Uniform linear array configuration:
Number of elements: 16
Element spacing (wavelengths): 0.75
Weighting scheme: exponential
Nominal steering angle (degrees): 45
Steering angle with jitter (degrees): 45.092
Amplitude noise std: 0.05
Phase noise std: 0.05

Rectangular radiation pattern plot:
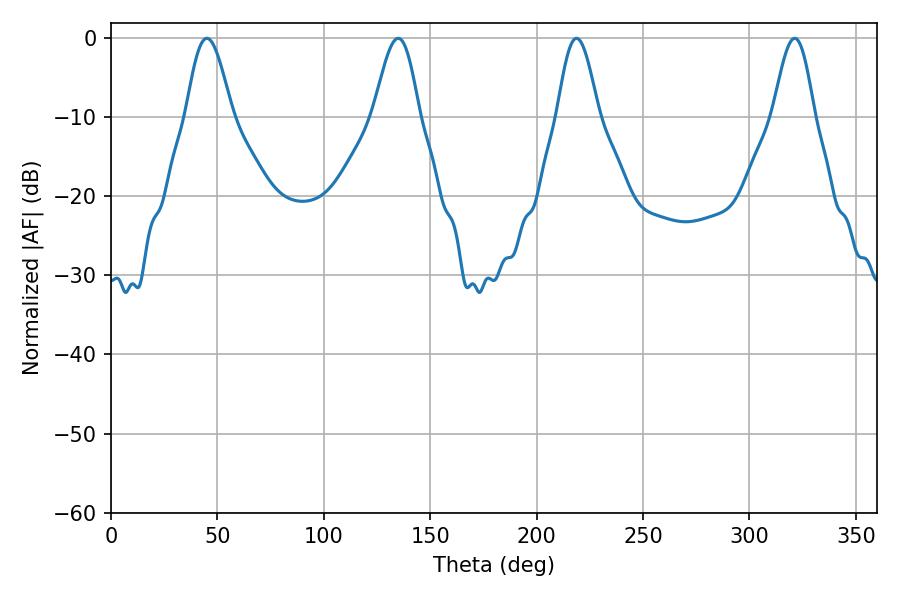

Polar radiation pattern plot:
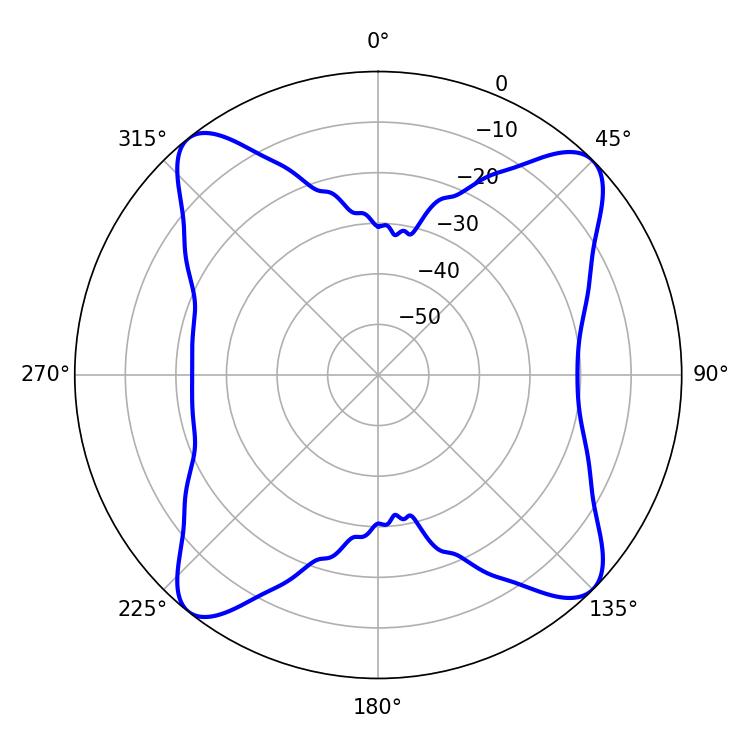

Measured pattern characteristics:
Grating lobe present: TRUE
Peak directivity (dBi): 14.474
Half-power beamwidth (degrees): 10.44
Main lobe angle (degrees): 218.7